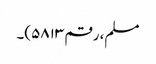
مسلم، رقم ۵۸۱۳)۔